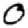
Digit: 0